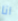
انا